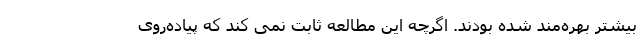
بیشتر بهره‌مند شده بودند. اگرچه این مطالعه ثابت نمی کند که پیاده‌روی